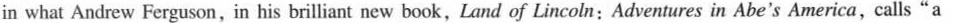
in what Andrew Ferguson,in his brilliant new book, Land of Lincoln:Adventures in Abe's America, calls"a